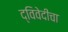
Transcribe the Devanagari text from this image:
द्विवेदींचा